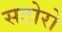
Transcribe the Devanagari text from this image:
सटोरो